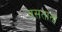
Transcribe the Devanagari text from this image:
वसताना